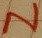
Text: N